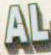
AL